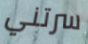
سرتني